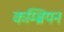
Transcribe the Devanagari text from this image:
कम्ब्रियन